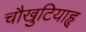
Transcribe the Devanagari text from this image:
चौखुटियाहृ